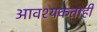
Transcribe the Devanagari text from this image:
आवश्यकताही